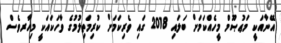
އޭނާއަކީ މަޢުޞޫމް މީހެއްކަމަށް ބަލައި 2018 ގައި ވެރިކަމަށް ކުރިމަތިލުމުގެ ވާހަކައަކީ މިހާރވެސް